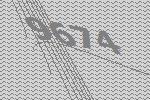
9674